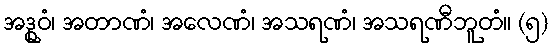
အဒ္ဓုဝံ၊ အတာဏံ၊ အလေဏံ၊ အသရဏံ၊ အသရဏီဘူတံ။ (၅)